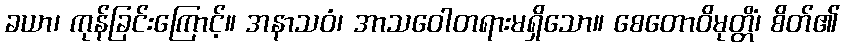
ခယာ၊ ကုန်ခြင်းကြောင့်။ အနာသဝံ၊ အာသဝေါတရားမရှိသော။ စေတောဝိမုတ္တိံ၊ စိတ်၏